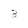
Character: 3